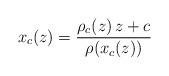
LaTeX: \begin{align*}x_c(z) = \frac{\rho_c(z) \, z + c}{\rho(x_c(z))}\end{align*}